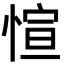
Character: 愃